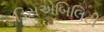
ડિસએબિલિટી